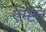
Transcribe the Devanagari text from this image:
एम्प्टन